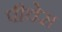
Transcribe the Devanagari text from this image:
पीचेस